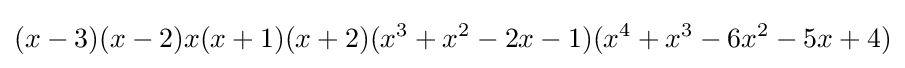
(x-3)(x-2)x(x+1)(x+2)(x^{3}+x^{2}-2x-1)(x^{4}+x^{3}-6x^{2}-5x+4)